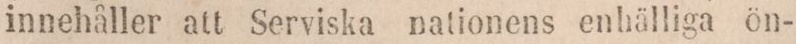
innehåller att Serviska nationens enhälliga ön-